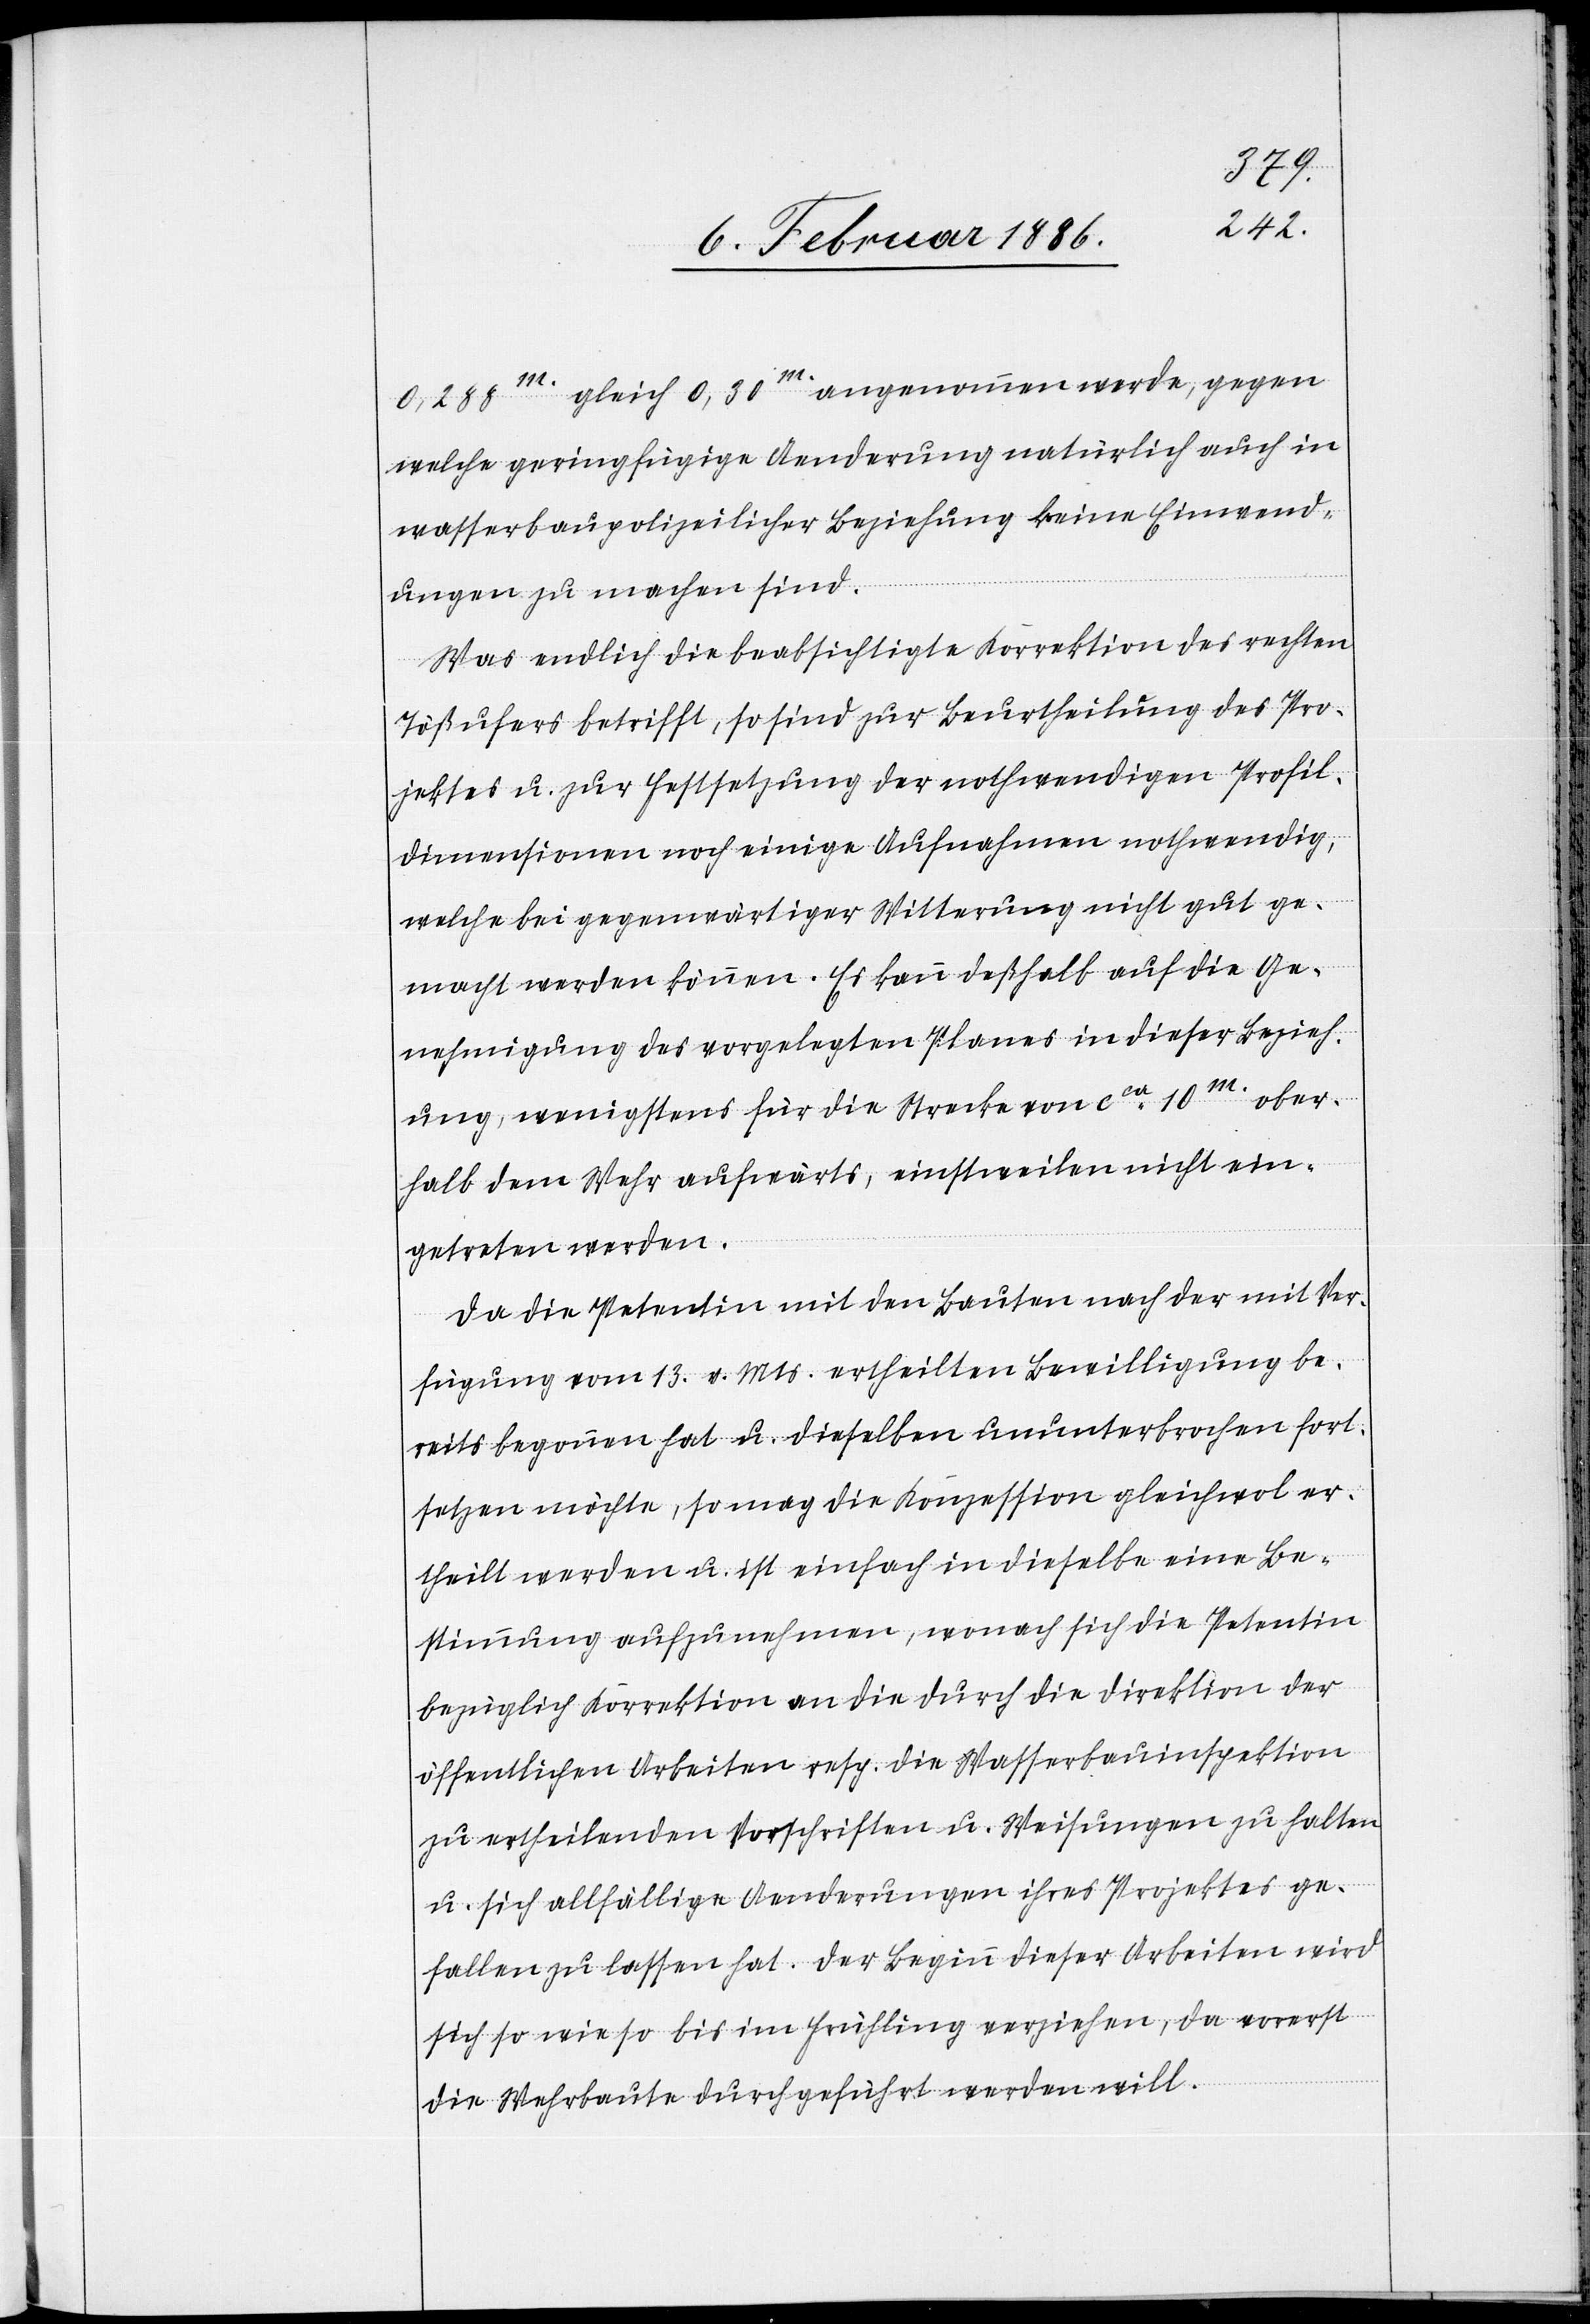
0,288m. gleich 0,30m. angenommen werde, gegen
welche geringfügige Aenderung natürlich auch in
wasserbaupolizeilicher Beziehung keine Einwend¬
ungen zu machen sind.
Was endlich die beabsichtigte Korrektion des rechten
Tößufers betrifft, so sind zur Beurtheilung des Pro¬
jekts u. zur Festsetzung der nothwendigen Profil¬
dimensionen noch einige Aufnahmen nothwendig,
welche bei gegenwärtiger Witterung nicht gut ge¬
macht werden können. Es kann deßhalb auf die Ge¬
nehmigung des vorgelegten Planes in dieser Bezieh¬
ung, wenigstens für die Strecke von cca 10m. ober¬
halb dem Wehr aufwärts, einstweilen nicht ein¬
getreten werden.
Da die Petentin mit den Bauten nach der mit Ver¬
fügung vom 13. v. Mts. ertheilten Bewilligung be¬
reits begonnen hat u. dieselben ununterbrochen fort¬
setzen möchte, so mag die Konzession gleichwol er¬
theilt werden u. ist einfach in dieselbe eine Be¬
stimmung aufzunehmen, wonach sich die Petentin
bezüglich Korrektion an die durch die Direktion der
öffentlichen Arbeiten resp. die Wasserbauinspektion
zu ertheilenden Vorschriften u. Weisungen zu halten
u. sich allfällige Aenderungen ihres Projektes ge¬
fallen zu lassen hat. Der Beginn dieser Arbeiten wird
sich so wie so bis im Frühling verziehen, da vorerst
die Wehrbaute durchgeführt werden will.